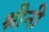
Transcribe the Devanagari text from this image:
श्रीनी